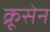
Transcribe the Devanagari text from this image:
क्रूसेन